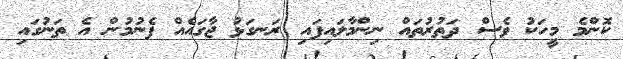
ކޮންމެ މީހަކު ވެސް ދަތުރުތައް ނިންމާލައިފައި ރަނގަޅު ޖާގައެއް ފެނުމުން އެ ތަނުގައި